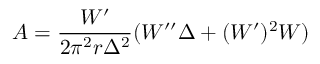
A = \frac { W ^ { \prime } } { 2 \pi ^ { 2 } r \Delta ^ { 2 } } ( W ^ { \prime \prime } \Delta + ( W ^ { \prime } ) ^ { 2 } W )